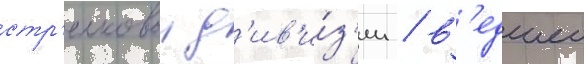
стр'елковои д'ив'и́з'ии / в'едшеи